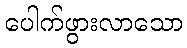
ပေါက်ဖွားလာသော